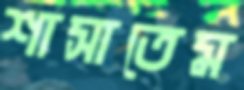
শাসাতেম